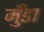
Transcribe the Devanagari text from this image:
मुँडा